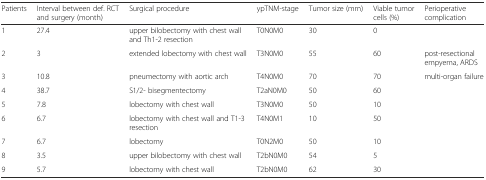
<table><thead><tr><td><b>Patients</b></td><td><b>Interval between def. RCT and surgery (month)</b></td><td><b>Surgical procedure</b></td><td><b>ypTNM-stage</b></td><td><b>Tumor size (mm)</b></td><td><b>Viable tumor cells (%)</b></td><td><b>Perioperative complication</b></td></tr></thead><tbody><tr><td>1</td><td>27.4</td><td>upper bilobectomy with chest wall and Th1-2 resection</td><td>T0N0M0</td><td>30</td><td>0</td><td></td></tr><tr><td>2</td><td>3</td><td>extended lobectomy with chest wall</td><td>T3N0M0</td><td>55</td><td>60</td><td>post-resectional empyema, ARDS</td></tr><tr><td>3</td><td>10.8</td><td>pneumectomy with aortic arch</td><td>T4N0M0</td><td>70</td><td>70</td><td>multi-organ failure</td></tr><tr><td>4</td><td>38.7</td><td>S1/2- bisegmentectomy</td><td>T2aN0M0</td><td>50</td><td>60</td><td></td></tr><tr><td>5</td><td>7.8</td><td>lobectomy with chest wall</td><td>T3N0M0</td><td>50</td><td>10</td><td></td></tr><tr><td>6</td><td>6.7</td><td>lobectomy with chest wall and T1-3 resection</td><td>T4N0M1</td><td>10</td><td>50</td><td></td></tr><tr><td>7</td><td>6.7</td><td>lobectomy</td><td>T0N2M0</td><td>50</td><td>10</td><td></td></tr><tr><td>8</td><td>3.5</td><td>upper bilobectomy with chest wall</td><td>T2bN0M0</td><td>54</td><td>5</td><td></td></tr><tr><td>9</td><td>5.7</td><td>lobectomy with chest wall</td><td>T2bN0M0</td><td>62</td><td>30</td><td></td></tr></tbody></table>